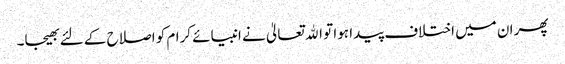
پھر ان میں اختلاف پیدا ہوا تو اﷲ تعالیٰ نے انبیائے کرام کو اصلاح کے لئے بھیجا۔